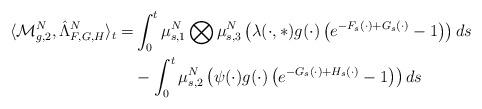
LaTeX: \begin{align*}\langle\mathcal{M}^N_{g,2}, \hat{\Lambda}^N_{F, G, H}\rangle_t=&\int_0^t\mu_{s,1}^N\bigotimes\mu_{s,3}^N\left(\lambda(\cdot, \ast)g(\cdot)\left(e^{-F_s(\cdot)+G_s(\cdot)}-1\right)\right)ds\\&-\int_0^t\mu_{s,2}^N\left(\psi(\cdot)g(\cdot)\left(e^{-G_s(\cdot)+H_s(\cdot)}-1\right)\right)ds\end{align*}